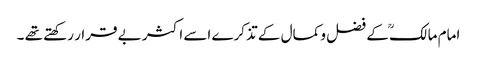
امام مالکؒ کے فضل و کمال کے تذکرے اسے اکثر بے قرار رکھتے تھے ۔